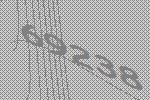
69238